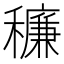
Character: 䆂